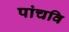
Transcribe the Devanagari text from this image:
पांचवि